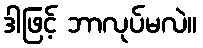
ဒါဖြင့် ဘာလုပ်မလဲ။